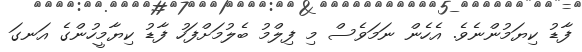
ފާޑު ކިޔަމުންނެވެ. އެހެން ނަމަވެސް މި ފިލްމު ބެލުމަށްފަހު ފާޑު ކިޔާމީހުންގެ އަނގަ